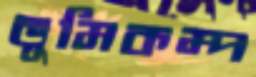
ভূমিকম্প